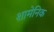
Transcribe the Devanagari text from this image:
शामेनिक